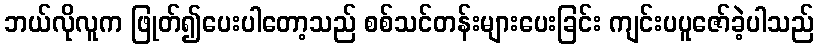
ဘယ်လိုလူက ဖြုတ်၍ပေးပါတော့သည် စစ်သင်တန်းများပေးခြင်း ကျင်းပပူဇော်ခဲ့ပါသည်